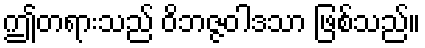
ဤတရားသည် ဝိဘဇ္ဇဝါဒသာ ဖြစ်သည်။